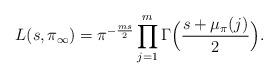
LaTeX: \begin{align*}L(s,\pi_{\infty}) = \pi^{-\frac{ms}{2}}\prod_{j=1}^{m}\Gamma\Big(\frac{s+\mu_{\pi}(j)}{2}\Big).\end{align*}